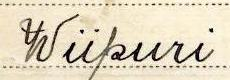
Wiipuri